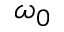
\omega _ { 0 }